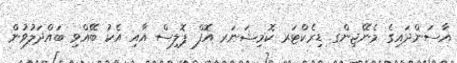
އާސަންދައިގެ މެނޭޖިންގ ޑިރެކްޓަރ ކޮމިޝަނަރ އޮފް ޕޮލިސް އާއި އެކު ބޭއްވި ބައްދަލުވުން